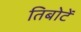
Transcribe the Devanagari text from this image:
तिबोटें